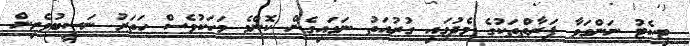
ޓިކެޓު ނަންގަވާ ފަރާތްތަކުގެ މެދުގައި ގުރުއަތު ނަގައިގެން ކޮންމެ މަހަކުވެސް ހަތަރު ނަސީބުވެރިން